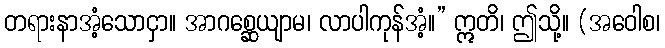
တရားနာအံ့သောငှာ။ အာဂစ္ဆေယျာမ၊ လာပါကုန်အံ့။” ဣတိ၊ ဤသို့။ (အဝေါစ၊